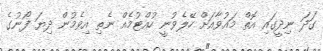
ގަދަ ނިދީގައި އޮތް މައުވާއަށް ހޭލެވުނީ ހުއްޓުމެއް ނެތި އިވެމުން ދިޔަ ފޯނުގެ